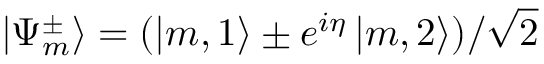
\mathinner { | { \Psi _ { m } ^ { \pm } } \rangle } = ( \mathinner { | { m , 1 } \rangle } \pm e ^ { i \eta } \mathinner { | { m , 2 } \rangle } ) / \sqrt { 2 }